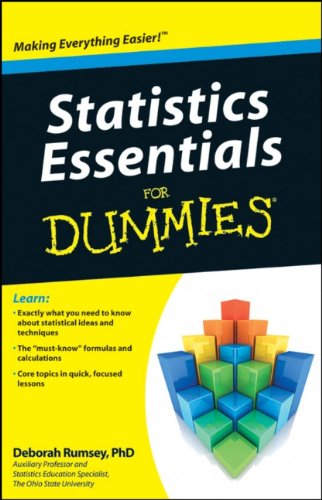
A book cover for Statistics Essentials For Dummies; Deborah J. Rumsey; Science & Math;